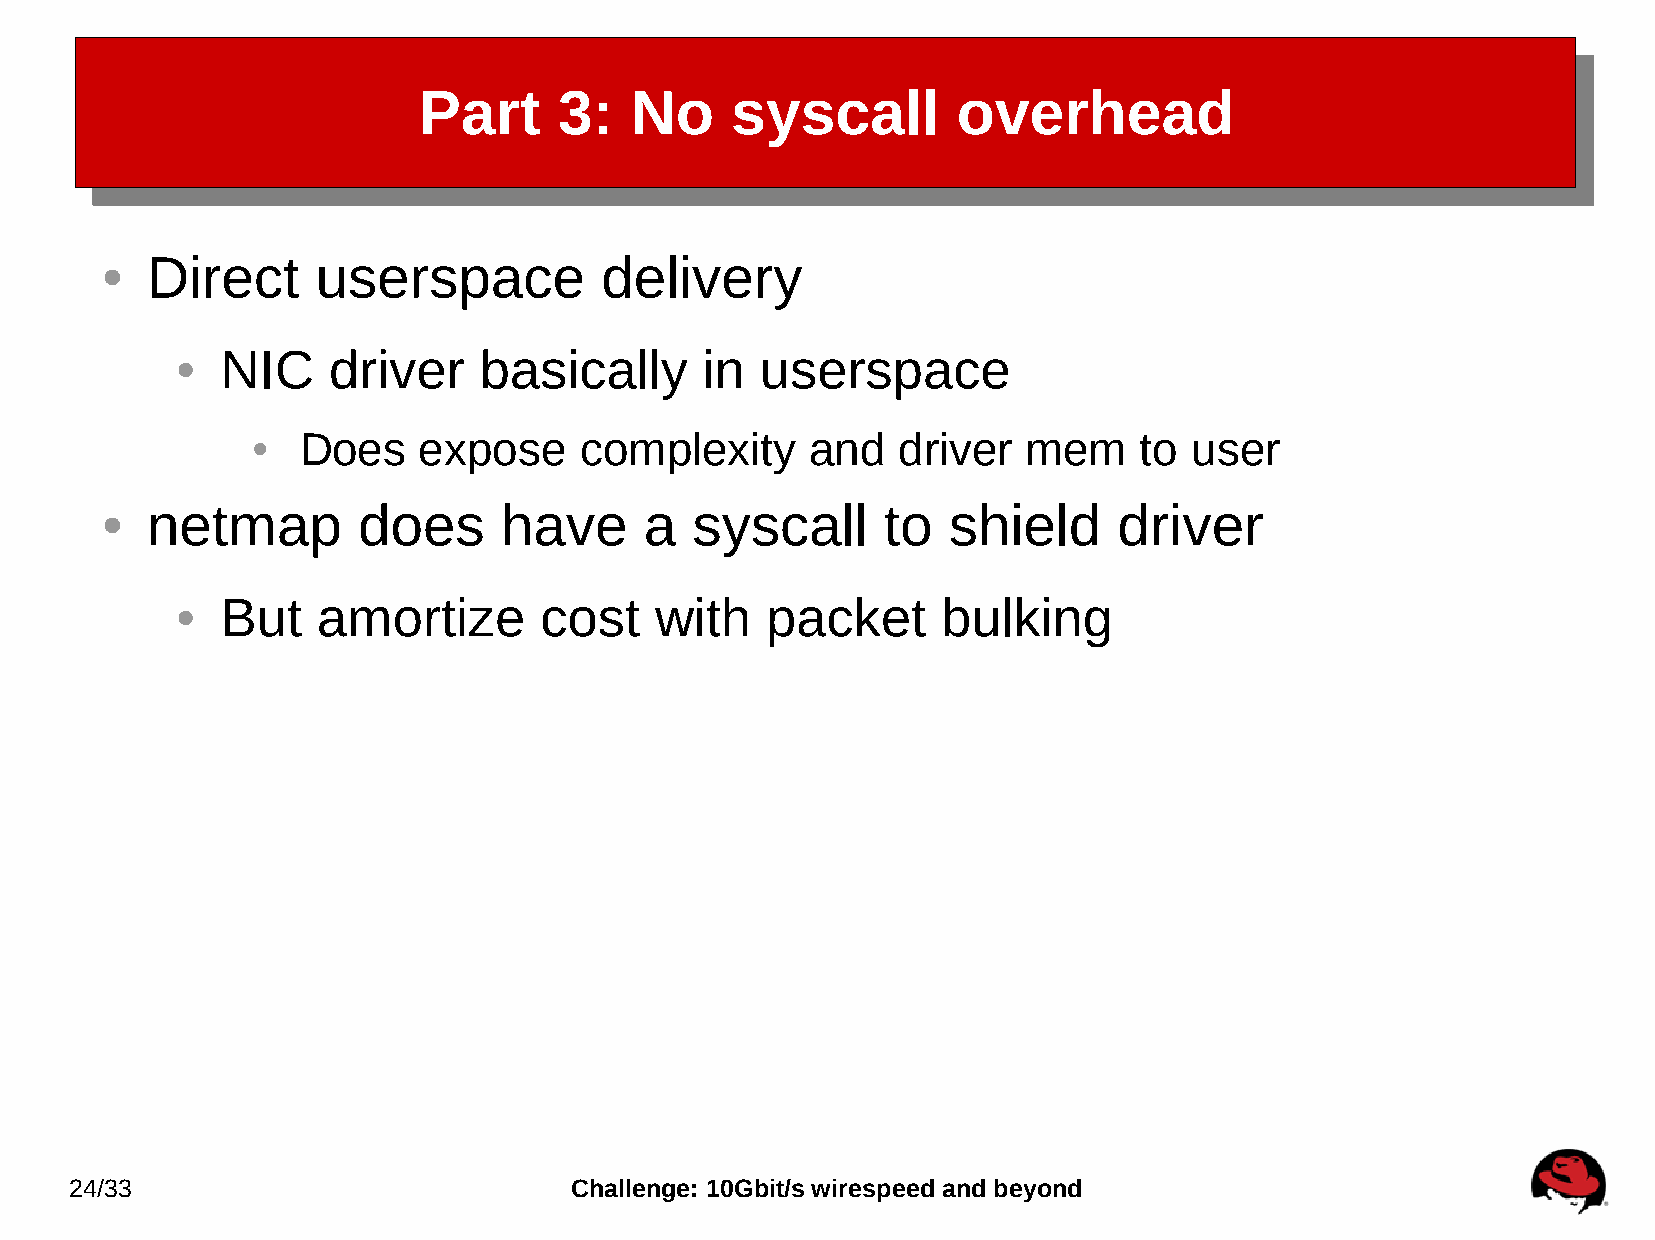
Part     3:   No    syscall        overhead
 Direct     userspace          delivery
 ●
 NIC    driver    basically     in  userspace
 ●
 Does    expose    complexity      and  driver   mem    to  user
 ●
 netmap        does     have      a  syscall     to   shield     driver
 ●
 But   amortize       cost   with    packet     bulking
 ●
 24/33                            Challenge: 10Gbit/s wirespeed and beyond